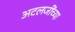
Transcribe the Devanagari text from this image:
अटलजींच्या